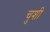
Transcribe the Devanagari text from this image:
चुशी